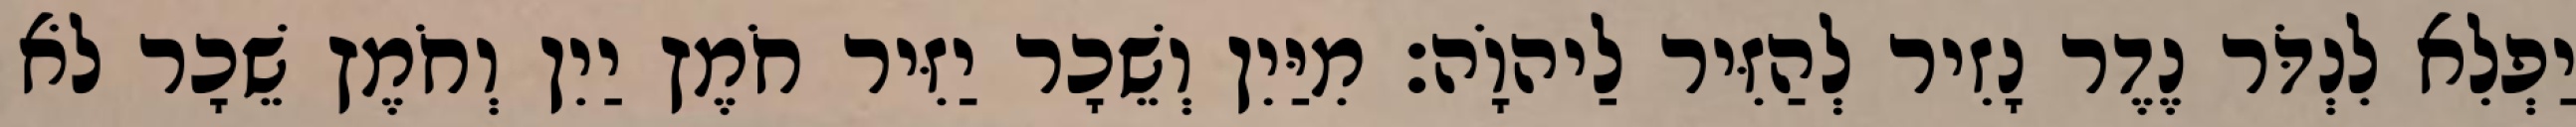
יַפְלִא לִנְדֹּר נֶדֶר נָזִיר לְהַזִּיר לַיהוָֹה׃ מִיַּיִן וְשֵׁכָר יַזִּיר חֹמֶץ יַיִן וְחֹמֶץ שֵׁכָר לֹא